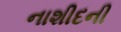
નાશીદની